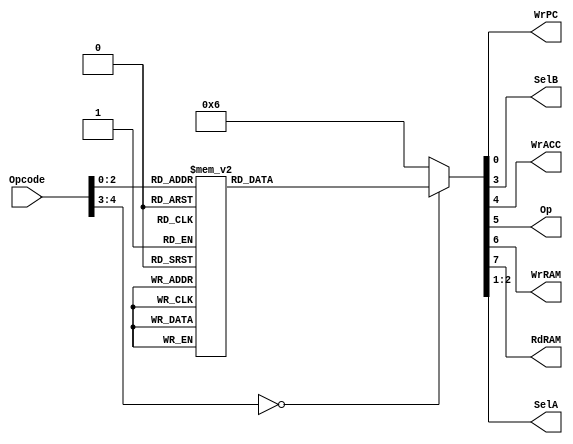
module Decodificador_Instruccion
(
	input wire [4:0] Opcode,
	output reg WrPC, SelB, WrACC, Op, WrRAM, RdRAM,
	output reg [1:0] SelA
);

//declaracion de estado simblico
localparam [4:0]
	hlt  = 5'b00000,	//HLT	 (Halt)
	sto  = 5'b00001,	//STO	 (Store Variable)
	ld   = 5'b00010,	//LD   (Load Variable)
	ldi  = 5'b00011,	//LDI  (Load Immediate)
	add  = 5'b00100,	//ADD	 (Add variable)
	addi = 5'b00101,	//ADDI (Add Immediate)
	sub  = 5'b00110,	//SUB  (Subtract Variable)
	subi = 5'b00111;	//SUBI (Subtract Immediate)

//cuerpo
//logica de decodificacion de intruccion
always @(*)
	begin
		case (Opcode)
			hlt:
				begin
					WrPC	= 0;
					SelA	= 2'b00;
					SelB	= 0;
					WrACC	= 0;
					Op		= 0;
					WrRAM	= 0;
					RdRAM	= 0;
				end
			sto:
				begin
					WrPC	= 1;
					SelA	= 2'b00;
					SelB	= 1;
					WrACC	= 0;
					Op		= 0;
					WrRAM	= 1;
					RdRAM	= 0;
				end
			ld:
				begin
					WrPC	= 1;
					SelA	= 2'b00;
					SelB	= 0;
					WrACC	= 1;
					Op		= 0;
					WrRAM	= 0;
					RdRAM	= 1;
				end
			ldi:
				begin
					WrPC	= 1;
					SelA	= 2'b01;
					SelB	= 0;
					WrACC	= 1;
					Op		= 0;
					WrRAM	= 0;
					RdRAM	= 0;
				end
			add:
				begin
					WrPC	= 1;
					SelA	= 2'b10;
					SelB	= 0;
					WrACC	= 1;
					Op		= 1;
					WrRAM	= 0;
					RdRAM	= 1;
				end
			addi:
				begin
					WrPC	= 1;
					SelA	= 2'b10;
					SelB	= 1;
					WrACC	= 1;
					Op		= 1;
					WrRAM	= 0;
					RdRAM	= 0;
				end
			sub:
				begin
					WrPC	= 1;
					SelA	= 2'b10;
					SelB	= 0;
					WrACC	= 1;
					Op		= 0;
					WrRAM	= 0;
					RdRAM	= 1;
				end
			subi:
				begin
					WrPC	= 1;
					SelA	= 2'b10;
					SelB	= 1;
					WrACC	= 1;
					Op		= 0;
					WrRAM	= 0;
					RdRAM	= 0;
				end	
			default:
				begin
					WrPC	= 0;
					SelA	= 2'b11;
					SelB	= 0;
					WrACC	= 0;
					Op		= 0;
					WrRAM	= 0;
					RdRAM	= 0;
				end
		endcase
	end	

endmodule